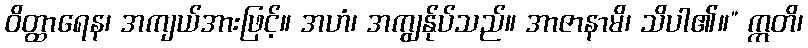
ဝိတ္ထာရေန၊ အကျယ်အားဖြင့်။ အဟံ၊ အကျွန်ုပ်သည်။ အာဇာနာမိ၊ သိပါ၏။” ဣတိ၊